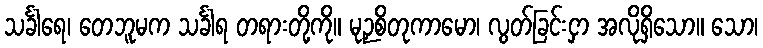
သင်္ခါရေ၊ တေဘူမက သင်္ခါရ တရားတို့ကို။ မုဉှစိတုကာမော၊ လွတ်ခြင်းငှာ အလိုရှိသော။ သော၊